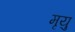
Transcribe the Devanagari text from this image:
मृयु